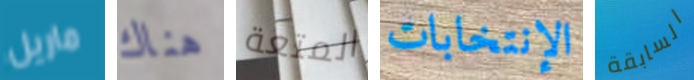
ماريل هناك المتعة الإنتخابات السابقة